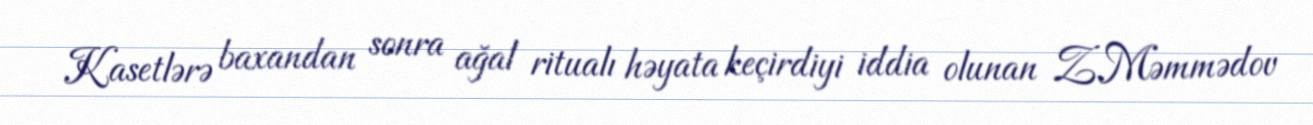
Kasetlərə baxandan sonra ağal ritualı həyata keçirdiyi iddia olunan Z.Məmmədov